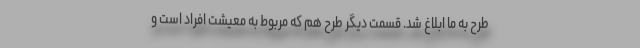
طرح به ما ابلاغ شد. قسمت دیگر طرح هم که مربوط به معیشت افراد است و